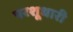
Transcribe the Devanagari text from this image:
परशूधारी